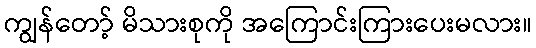
ကျွန်တော့် မိသားစုကို အကြောင်းကြားပေးမလား။